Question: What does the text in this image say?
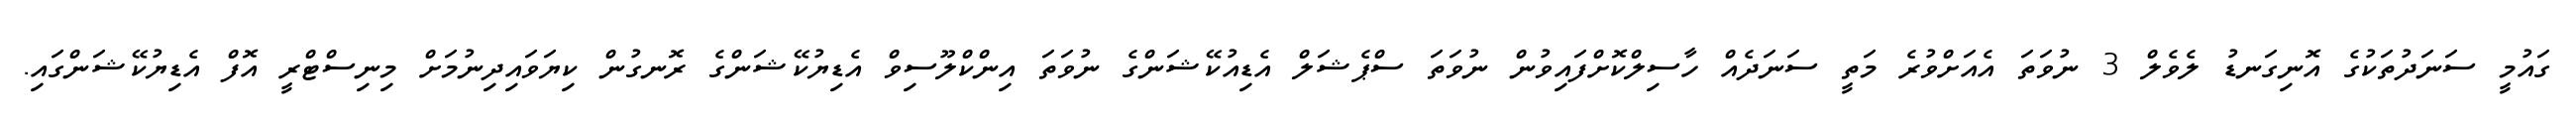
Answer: ގައުމީ ސަނަދުތަކުގެ އޮނިގަނޑު ލެވެލް 3 ނުވަތަ އެއަށްވުރެ މަތީ ސަނަދެއް ހާސިލްކޮށްފައިވުން ނުވަތަ ސްޕެޝަލް އެޑިއުކޭޝަންގެ ނުވަތަ އިންކްލޫސިވް އެޑިޔުކޭޝަންގެ ރޮނގުން ކިޔަވައިދިނުމަށް މިނިސްޓްރީ އޮފް އެޑިޔުކޭޝަންގައި.